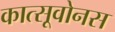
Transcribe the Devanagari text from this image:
कात्सूवोनस